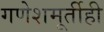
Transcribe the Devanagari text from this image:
गणेशमूर्तीही